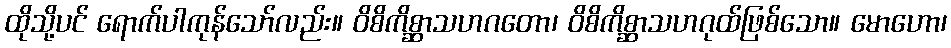
ထိုသို့ပင် ရောက်ပါကုန်သော်လည်း။ ဝိစိကိစ္ဆာသဟဂတော၊ ဝိစိကိစ္ဆာသဟဂုထ်ဖြစ်သော။ မောဟော၊